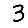
Digit: 3